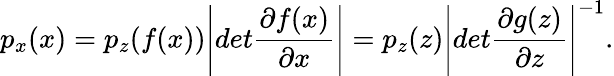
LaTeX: p_{x}(x)=p_{z}(f(x))\Bigg\lvert det\frac{\partial f(x)}{\partial x}\Bigg\rvert=p_{z}(z)\Bigg\lvert det\frac{\partial g(z)}{\partial z}\Bigg\rvert^{-1}.